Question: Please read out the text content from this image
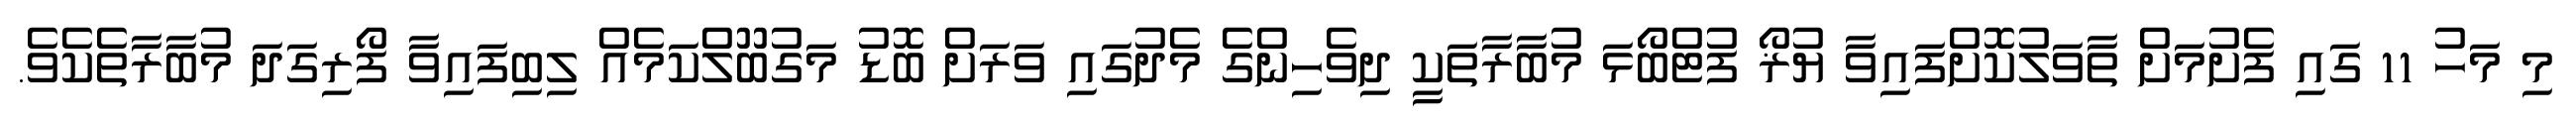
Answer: މި މަހު 11 ގައި ފެށުމަށް ތާވަލުކޮށްފައިވާ ޔުޜޯ ފުޓްބޯޅަ މުބާރާތަކީ ދިވެހިންގެ މެދުގައި ވަރަށް ބޮޑު މަގުބޫލްކަމެއް ލިބިފައިވާ ފޯރިގަދަ މުބާރާތެކެވެ.